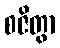
စဇိတွာ